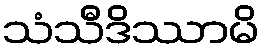
သံသီဒိဿာမိ